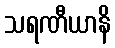
သရဏီယာနိ